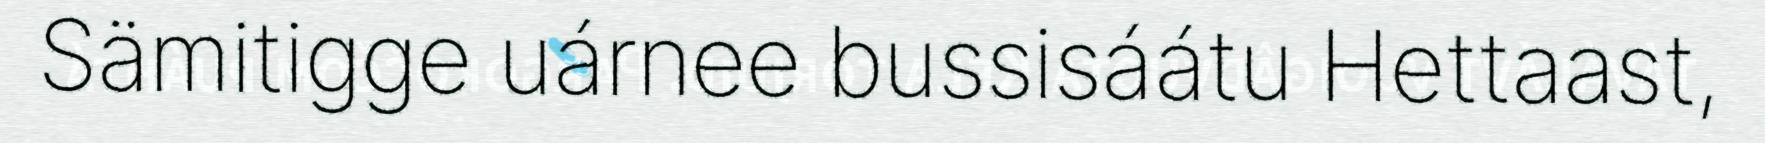
Sämitigge uárnee bussisáátu Hettaast,